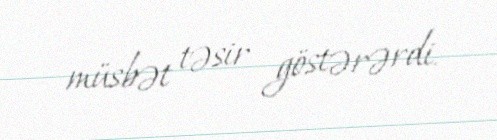
müsbət təsir göstərərdi.